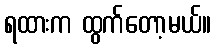
ရထားက ထွက်တော့မယ်။